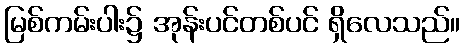
မြစ်ကမ်းပါး၌ အုန်းပင်တစ်ပင် ရှိလေသည်။